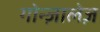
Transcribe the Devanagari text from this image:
गोन्ज़ालेज़